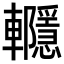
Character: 𨏱